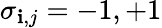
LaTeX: \sigma_{\mathbf{i},j}=-1,+1